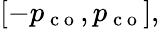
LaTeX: [-p_{\mathrm{~c~o~}},p_{\mathrm{~c~o~}}],